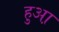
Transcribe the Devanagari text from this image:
हुआ़